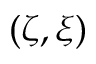
( \zeta , \xi )